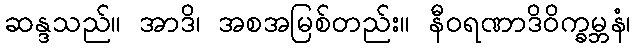
ဆန္ဒသည်။ အာဒိ၊ အစအမြစ်တည်း။ နီဝရဏာဒိဝိက္ခမ္ဘနံ၊